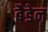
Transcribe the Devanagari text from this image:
बैडेन